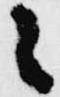
々